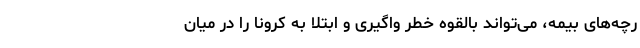
رچه‌های بیمه، می‌تواند بالقوه خطر واگیری و ابتلا به کرونا را در میان